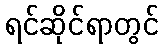
ရင်ဆိုင်ရာတွင်